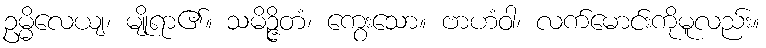
ဥမ္မိလေယျ၊ မျိုရာ၏။ သမိဉ္ဇိတံ၊ ကွေးသော။ ဗာဟံဝါ၊ လက်မောင်းကိုမူလည်း။